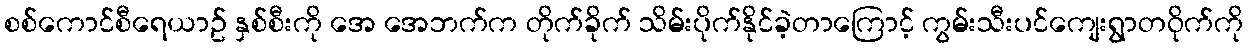
စစ်ကောင်စီရေယာဥ် နှစ်စီးကို အေ အေဘက်က တိုက်ခိုက် သိမ်းပိုက်နိုင်ခဲ့တာကြောင့် ကွမ်းသီးပင်ကျေးရွာတဝိုက်ကို